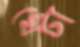
থেটা